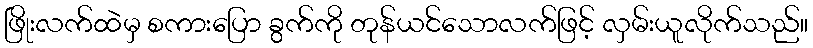
ဖြိုးလက်ထဲမှ စကားပြော ခွက်ကို တုန်ယင်သောလက်ဖြင့် လှမ်းယူလိုက်သည်။